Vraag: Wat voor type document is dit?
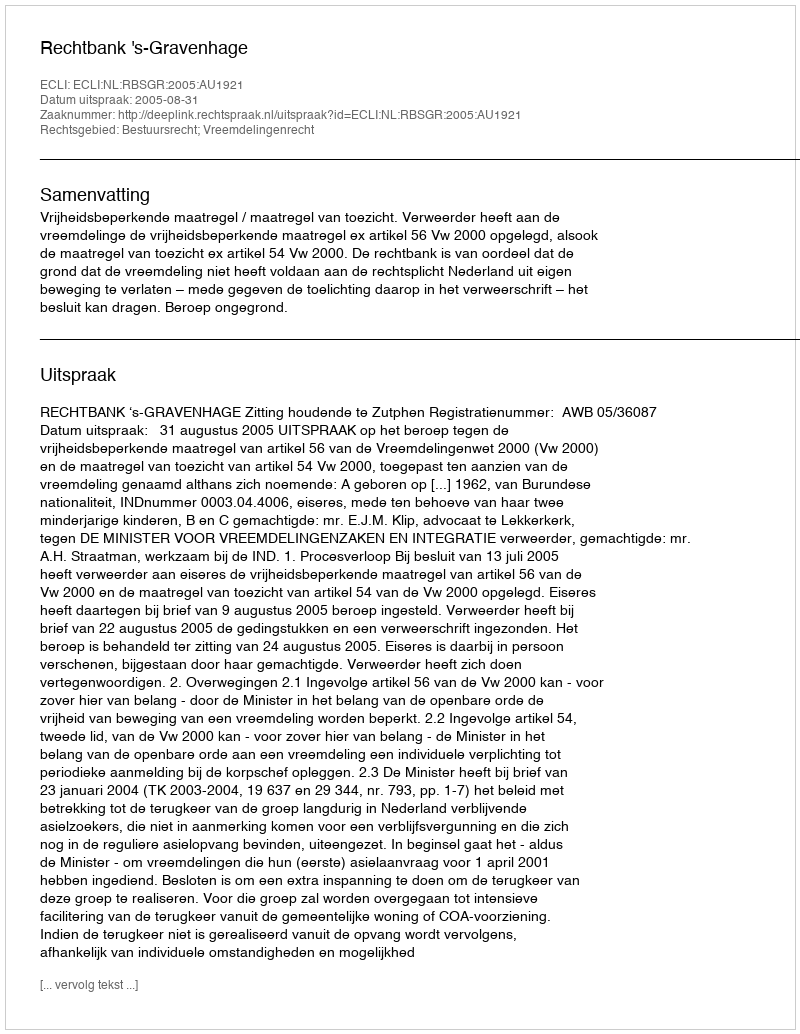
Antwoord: Uitspraak